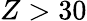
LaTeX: Z>30